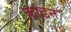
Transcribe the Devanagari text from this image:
काढने